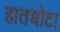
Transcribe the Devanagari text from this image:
हातधोटा